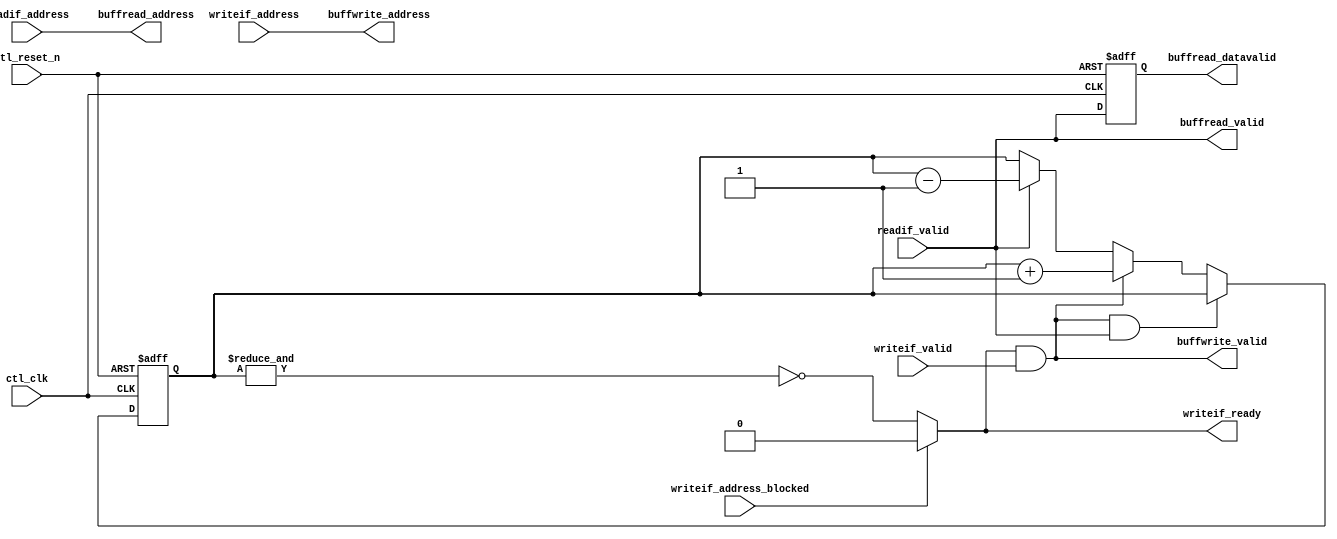
// (C) 2001-2017 Intel Corporation. All rights reserved.
// Your use of Intel Corporation's design tools, logic functions and other 
// software and tools, and its AMPP partner logic functions, and any output 
// files from any of the foregoing (including device programming or simulation 
// files), and any associated documentation or information are expressly subject 
// to the terms and conditions of the Intel Program License Subscription 
// Agreement, Intel FPGA IP License Agreement, or other applicable 
// license agreement, including, without limitation, that your use is for the 
// sole purpose of programming logic devices manufactured by Intel and sold by 
// Intel or its authorized distributors.  Please refer to the applicable 
// agreement for further details.



`timescale 1 ps / 1 ps

module alt_mem_ddrx_buffer_manager
# (
    parameter
        CFG_BUFFER_ADDR_WIDTH         =   6
)
(
    // port list
    ctl_clk,
    ctl_reset_n,

    // write interface
    writeif_ready,
    writeif_valid,
    writeif_address,
    writeif_address_blocked,

    // buffer write interface
    buffwrite_valid,
    buffwrite_address,

    // read interface
    readif_valid,
    readif_address,

    // buffer read interface
    buffread_valid,
    buffread_datavalid,
    buffread_address

);

    // -----------------------------
    // local parameter declarations
    // -----------------------------

    localparam CTL_BUFFER_DEPTH             =   two_pow_N(CFG_BUFFER_ADDR_WIDTH);

    // -----------------------------
    // port declaration
    // -----------------------------

    input                                           ctl_clk;
    input                                           ctl_reset_n;

    // write interface
    output                                          writeif_ready;
    input                                           writeif_valid;
    input  [CFG_BUFFER_ADDR_WIDTH-1:0]              writeif_address;
    input                                           writeif_address_blocked;

    // buffer write interface
    output                                          buffwrite_valid;
    output  [CFG_BUFFER_ADDR_WIDTH-1:0]             buffwrite_address;

    // read data interface
    input                                           readif_valid;
    input   [CFG_BUFFER_ADDR_WIDTH-1:0]             readif_address;

    // buffer read interface
    output                                          buffread_valid;
    output                                          buffread_datavalid;
    output  [CFG_BUFFER_ADDR_WIDTH-1:0]             buffread_address;

    // -----------------------------
    // port type declaration
    // -----------------------------

    wire                                            ctl_clk;
    wire                                            ctl_reset_n;
                                                                             
    // write interface                                                       
    reg                                             writeif_ready;
    wire                                            writeif_valid;
    wire     [CFG_BUFFER_ADDR_WIDTH-1:0]            writeif_address;
                                                                             
    wire                                            writeif_address_blocked;
                                                                             
    // buffer write interface                                                
    wire                                            buffwrite_valid;
    wire     [CFG_BUFFER_ADDR_WIDTH-1:0]            buffwrite_address;
                                                                             
    // read data interface                                                   
    wire                                            readif_valid;
    wire    [CFG_BUFFER_ADDR_WIDTH-1:0]             readif_address;
                                                                             
    // buffer read interface                                                 
    wire                                            buffread_valid;
    reg                                             buffread_datavalid;
    wire    [CFG_BUFFER_ADDR_WIDTH-1:0]             buffread_address;

    // -----------------------------
    // signal declaration
    // -----------------------------

    wire                                            writeif_accepted;
    reg     [CTL_BUFFER_DEPTH-1:0]                  mux_writeif_ready;
    reg     [CTL_BUFFER_DEPTH-1:0]                  buffer_valid_array;    
    reg     [CFG_BUFFER_ADDR_WIDTH-1:0]             buffer_valid_counter;
                                                                                       
    reg                                             err_buffer_valid_counter_overflow;

    // -----------------------------
    // module definition
    // -----------------------------

    assign  writeif_accepted    = writeif_ready & writeif_valid;

    assign  buffwrite_address   = writeif_address;
    assign  buffwrite_valid     = writeif_accepted;

    assign  buffread_address    = readif_address;
    assign  buffread_valid      = readif_valid;

    always @ (*) 
    begin

        if (writeif_address_blocked)
        begin
            // can't write ahead of lowest address currently tracked by dataid array
            writeif_ready = 1'b0;
        end
        else 
        begin
            // buffer is full when every location has been written
            writeif_ready = ~&buffer_valid_counter;
        end

    end


    // generate buffread_datavalid. 
    // data is valid one cycle after adddress is presented to the buffer
    always @ (posedge ctl_clk or negedge ctl_reset_n) 
    begin
        if (~ctl_reset_n)
        begin
            buffread_datavalid <= 0;
        end
        else
        begin
            buffread_datavalid <= buffread_valid;
        end
    end


    // genvar i;
    // generate
    //     for (i = 0; i < CTL_BUFFER_DEPTH; i = i + 1) 
    //     begin : gen_mux_buffer_valid_array_signals

    //         wire    [CFG_BUFFER_ADDR_WIDTH-1:0] gen_buffer_address = i;

    //         always @ (posedge ctl_clk or negedge ctl_reset_n) 
    //         begin
    //             if (~ctl_reset_n)
    //             begin
    //                 //reset state ...
    //                 buffer_valid_array [i] <= 0;
    //             end
    //             else
    //             begin
    //                 //active state ...

    //                 // write & read to same location won't happen on same time

    //                 // write
    //                 if ( (writeif_address == gen_buffer_address) & writeif_accepted)
    //                 begin
    //                     buffer_valid_array[i] <= 1;
    //                 end

    //                 // read
    //                 if ( (readif_address== gen_buffer_address) & readif_valid)
    //                 begin
    //                     buffer_valid_array[i] <= 0;
    //                 end

    //             end
    //         end

    //         always @ (*) 
    //         begin
    //             // mano - fmax !    
    //             if ( (writeif_address == gen_buffer_address) & buffer_valid_array[i] )
    //             begin
    //                 mux_writeif_ready[i]  = 0;
    //             end
    //             else
    //             begin
    //                 mux_writeif_ready[i]  = 1;
    //             end
    //         end

    //     end
    // endgenerate

    always @ (posedge ctl_clk or negedge ctl_reset_n) 
    begin
        if (~ctl_reset_n)
        begin
            buffer_valid_counter <= 0;
            err_buffer_valid_counter_overflow <= 0;
        end
        else
        begin

            if (writeif_accepted & readif_valid)
            begin
                // write & read at same time
                buffer_valid_counter <= buffer_valid_counter;
            end
            else if (writeif_accepted)
            begin
                // write only
                {err_buffer_valid_counter_overflow, buffer_valid_counter} <= buffer_valid_counter + 1;
            end
            else if (readif_valid)
            begin
                // read only
                buffer_valid_counter <= buffer_valid_counter - 1;
            end
            else
            begin
                buffer_valid_counter <= buffer_valid_counter;
            end


        end
    end



    function integer two_pow_N;
        input integer value;
    begin
        two_pow_N = 2 << (value-1);
    end
    endfunction



endmodule

//
// assert
//
// - write & read to same location happen on same time